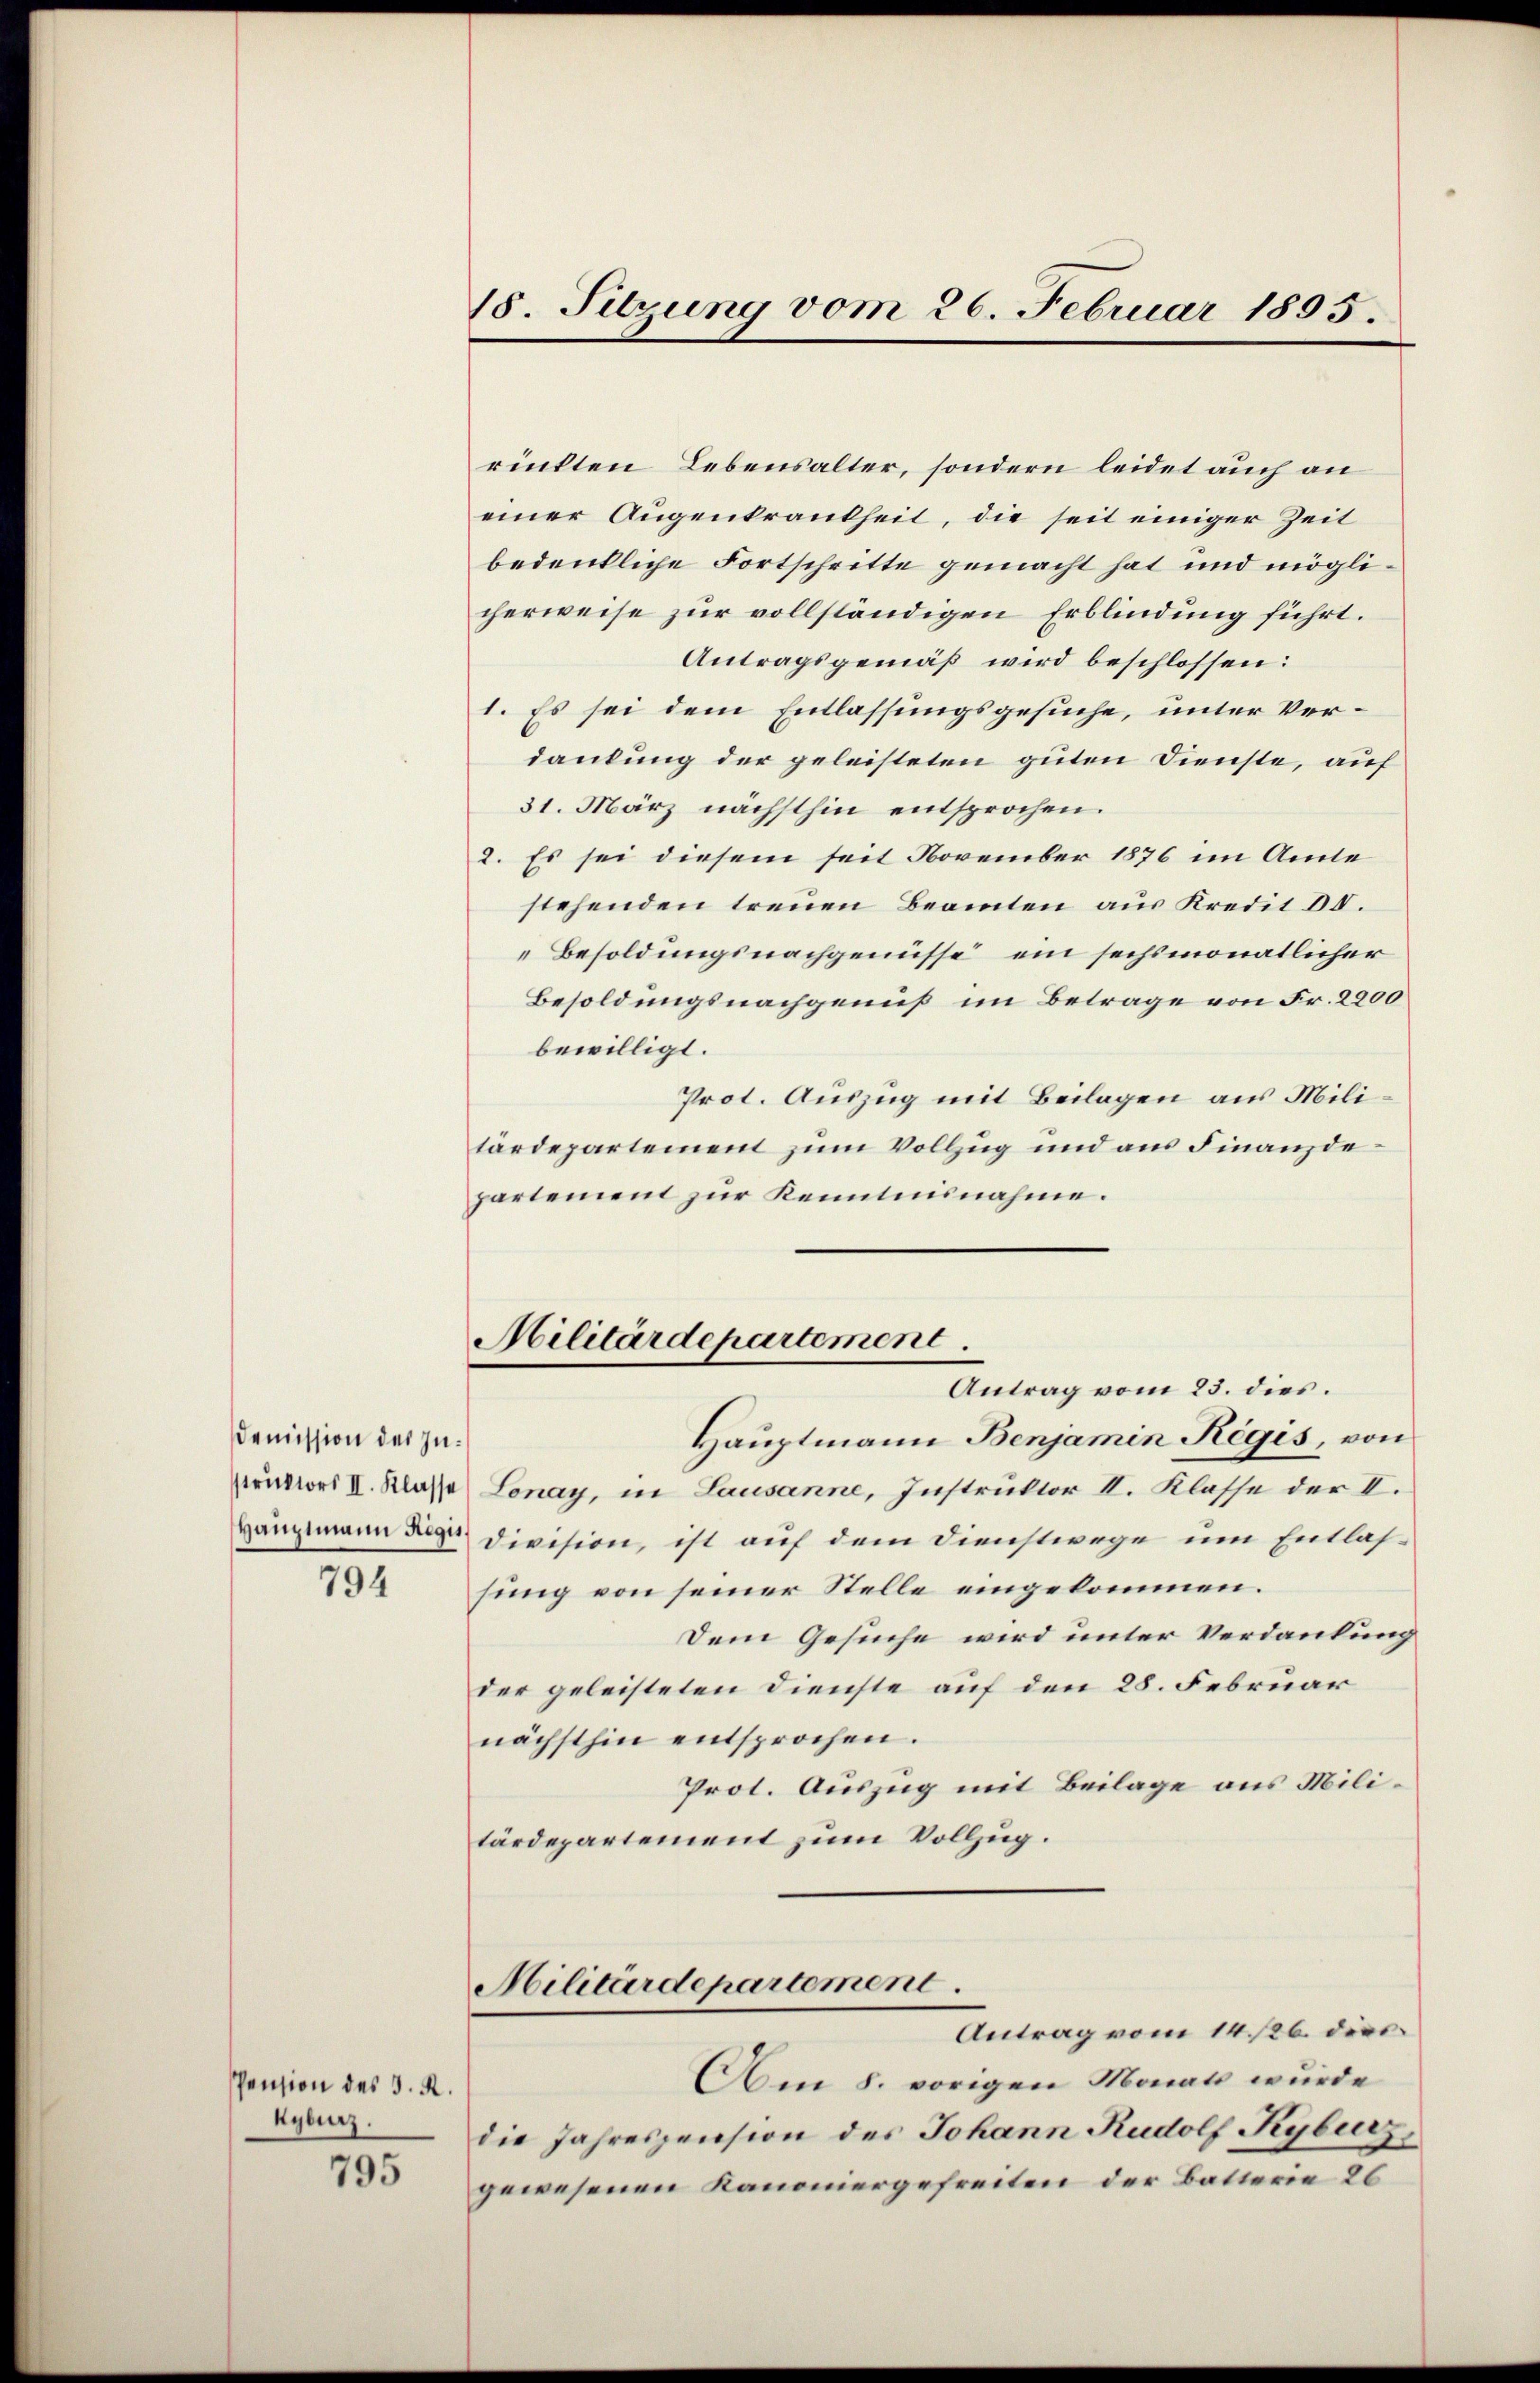
Demission des Instruktors II. Klasse
Hauptmann Regis

794

Pension des J. R.
Kyburz.

795

18. Sitzung vom 26. Februar 1895.

rinkten Lebensalter, sondern leidet auch an
einer Augenkrankheit, die seit einiger Zeit
bedenkliche Fortschritte gemacht hat und möglicherweise zur vollständigen Erblindung führt.
Antragsgemäß wird beschlossen:
1. Es sei dem Entlassungsgesuche, unter Verdankung der geleisteten guten Dienste, auf
31. März nächsthin entsprochen.
2. Es sei diesem seit November 1876 im Amte
stehenden treuen Beamten aus Kredit 30.
Besoldungsnachgenüsse, ein sechsmonatlicher
Besoldungsnachgenuß im Betrage von Fr. 2200
bewilligt.
Prot. Auszug mit Beilagen aus Militärdepartement zum Vollzug und aus Finanzdepartement zur Kenntnisnahme.
Militärdepartement
Antrag vom 23. dies.
Hauptmann Benjamin Regis, von
Lonay, in Lausanne, Instruktor II. Klasse der I.
Division, ist auf dem Dienstwege um Entlassung von seiner Stelle eingekommen.
Dem Gesuche wird unter Verdankung
der geleisteten Dienste auf den 28. Februar
nächsthin entsprochen.
Prot. Auszug mit Beilage aus Militärdepartement zum Vollzug.
Militärdepartement
Antrag vom 14./26. dies
Am 8. vorigen Monat wurde
die Jahreszension des Johann Rudolf Kyburg,
gewesenen Kanoniergefreiten der Batterie 26